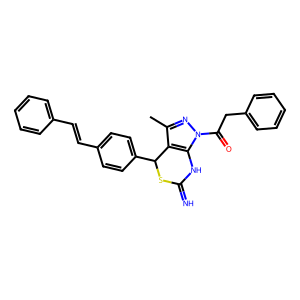
SMILES: Cc1nn(C(=O)Cc2ccccc2)c2c1C(c1ccc(C=Cc3ccccc3)cc1)SC(=N)N2
Inhibits HIV replication: No